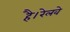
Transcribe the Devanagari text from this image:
है।रेलवे